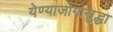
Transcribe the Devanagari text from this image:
येण्याजोगासुद्धा